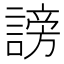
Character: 謗